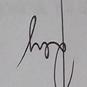
Signature authenticity: genuine